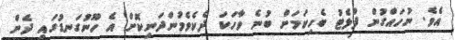
އެވެ. ނުހައްގުން ފްލެޓު ބެހިކަމަށް ބުނެ ވާހަކަ ދެކެވެމުންދަނިކޮށް އެ ހޫނުގަނޑުގައި ދެން